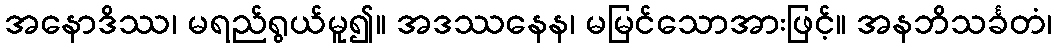
အနောဒိဿ၊ မရည်ရွယ်မူ၍။ အဒဿနေန၊ မမြင်သောအားဖြင့်။ အနဘိသင်္ခတံ၊